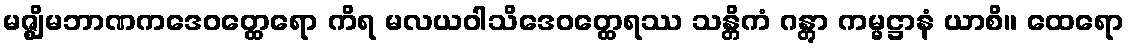
မဇ္ဈိမဘာဏကဒေဝတ္ထေရော ကိရ မလယဝါသိဒေဝတ္ထေရဿ သန္တိကံ ဂန္တွာ ကမ္မဋ္ဌာနံ ယာစိ။ ထေရော